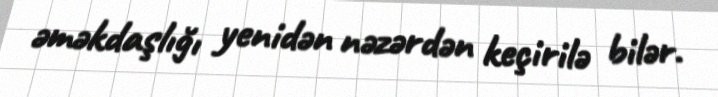
əməkdaşlığı yenidən nəzərdən keçirilə bilər.